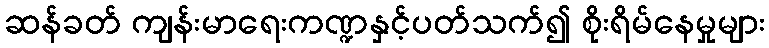
ဆန်ခတ် ကျန်းမာရေးကဏ္ဍနှင့်ပတ်သက်၍ စိုးရိမ်နေမှုများ